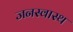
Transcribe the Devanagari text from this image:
जनस्वास्थ